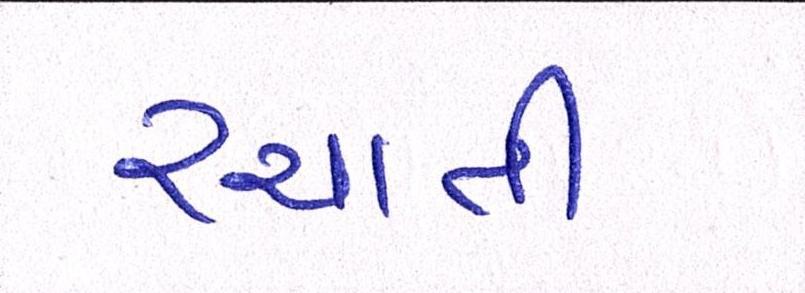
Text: રચાતી